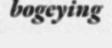
bogeying